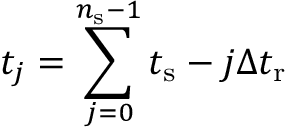
t _ { j } = \sum _ { j = 0 } ^ { n _ { \mathrm { s } } - 1 } t _ { \mathrm { s } } - j \Delta t _ { \mathrm { r } }